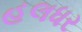
હલધર